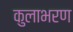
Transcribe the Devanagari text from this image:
कुलाभरण